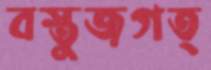
বস্তুজগত্